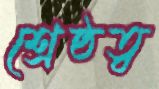
শ্রেষ্ঠত্ব